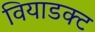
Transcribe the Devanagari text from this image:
वियाडक्ट